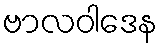
ဗာလဝါဒေန